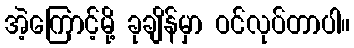
အဲ့ကြောင့်မို့ ခုချိန်မှာ ဝင်လုပ်တာပါ။